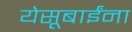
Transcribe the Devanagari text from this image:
येसूबाईंना